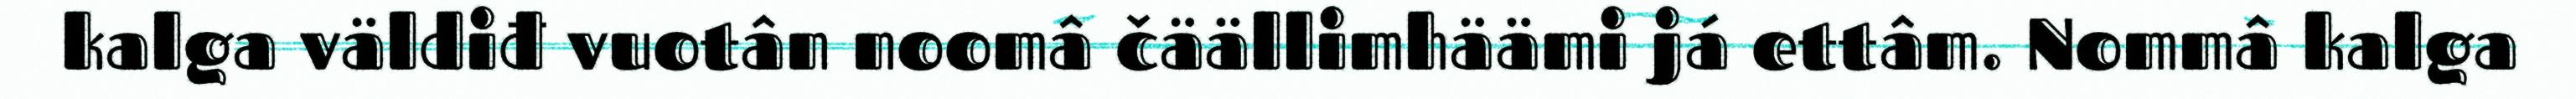
kalga väldiđ vuotân noomâ čäällimhäämi já ettâm. Nommâ kalga